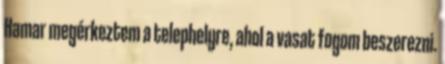
Hamar megérkeztem a telephelyre, ahol a vasat fogom beszerezni.